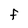
Character: f